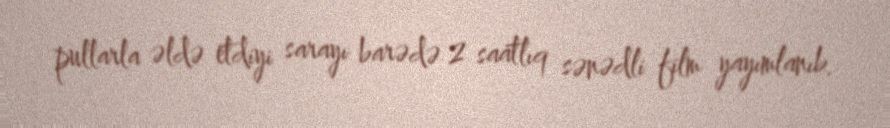
pullarla əldə etdiyi sarayı barədə 2 saatlıq sənədli film yayımlanıb.